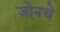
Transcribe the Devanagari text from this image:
जोनचे